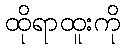
ထိုရာထူးကို